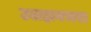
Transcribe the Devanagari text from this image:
उलझनभरा